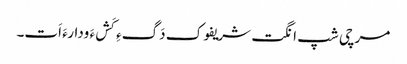
مرچی شپ انگت شریفوک دَگءِ کَشءَ ودارءَ اَت۔